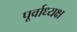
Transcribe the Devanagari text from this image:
पूर्वाध्यक्ष